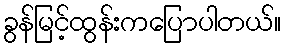
ခွန်မြင့်ထွန်းကပြောပါတယ်။